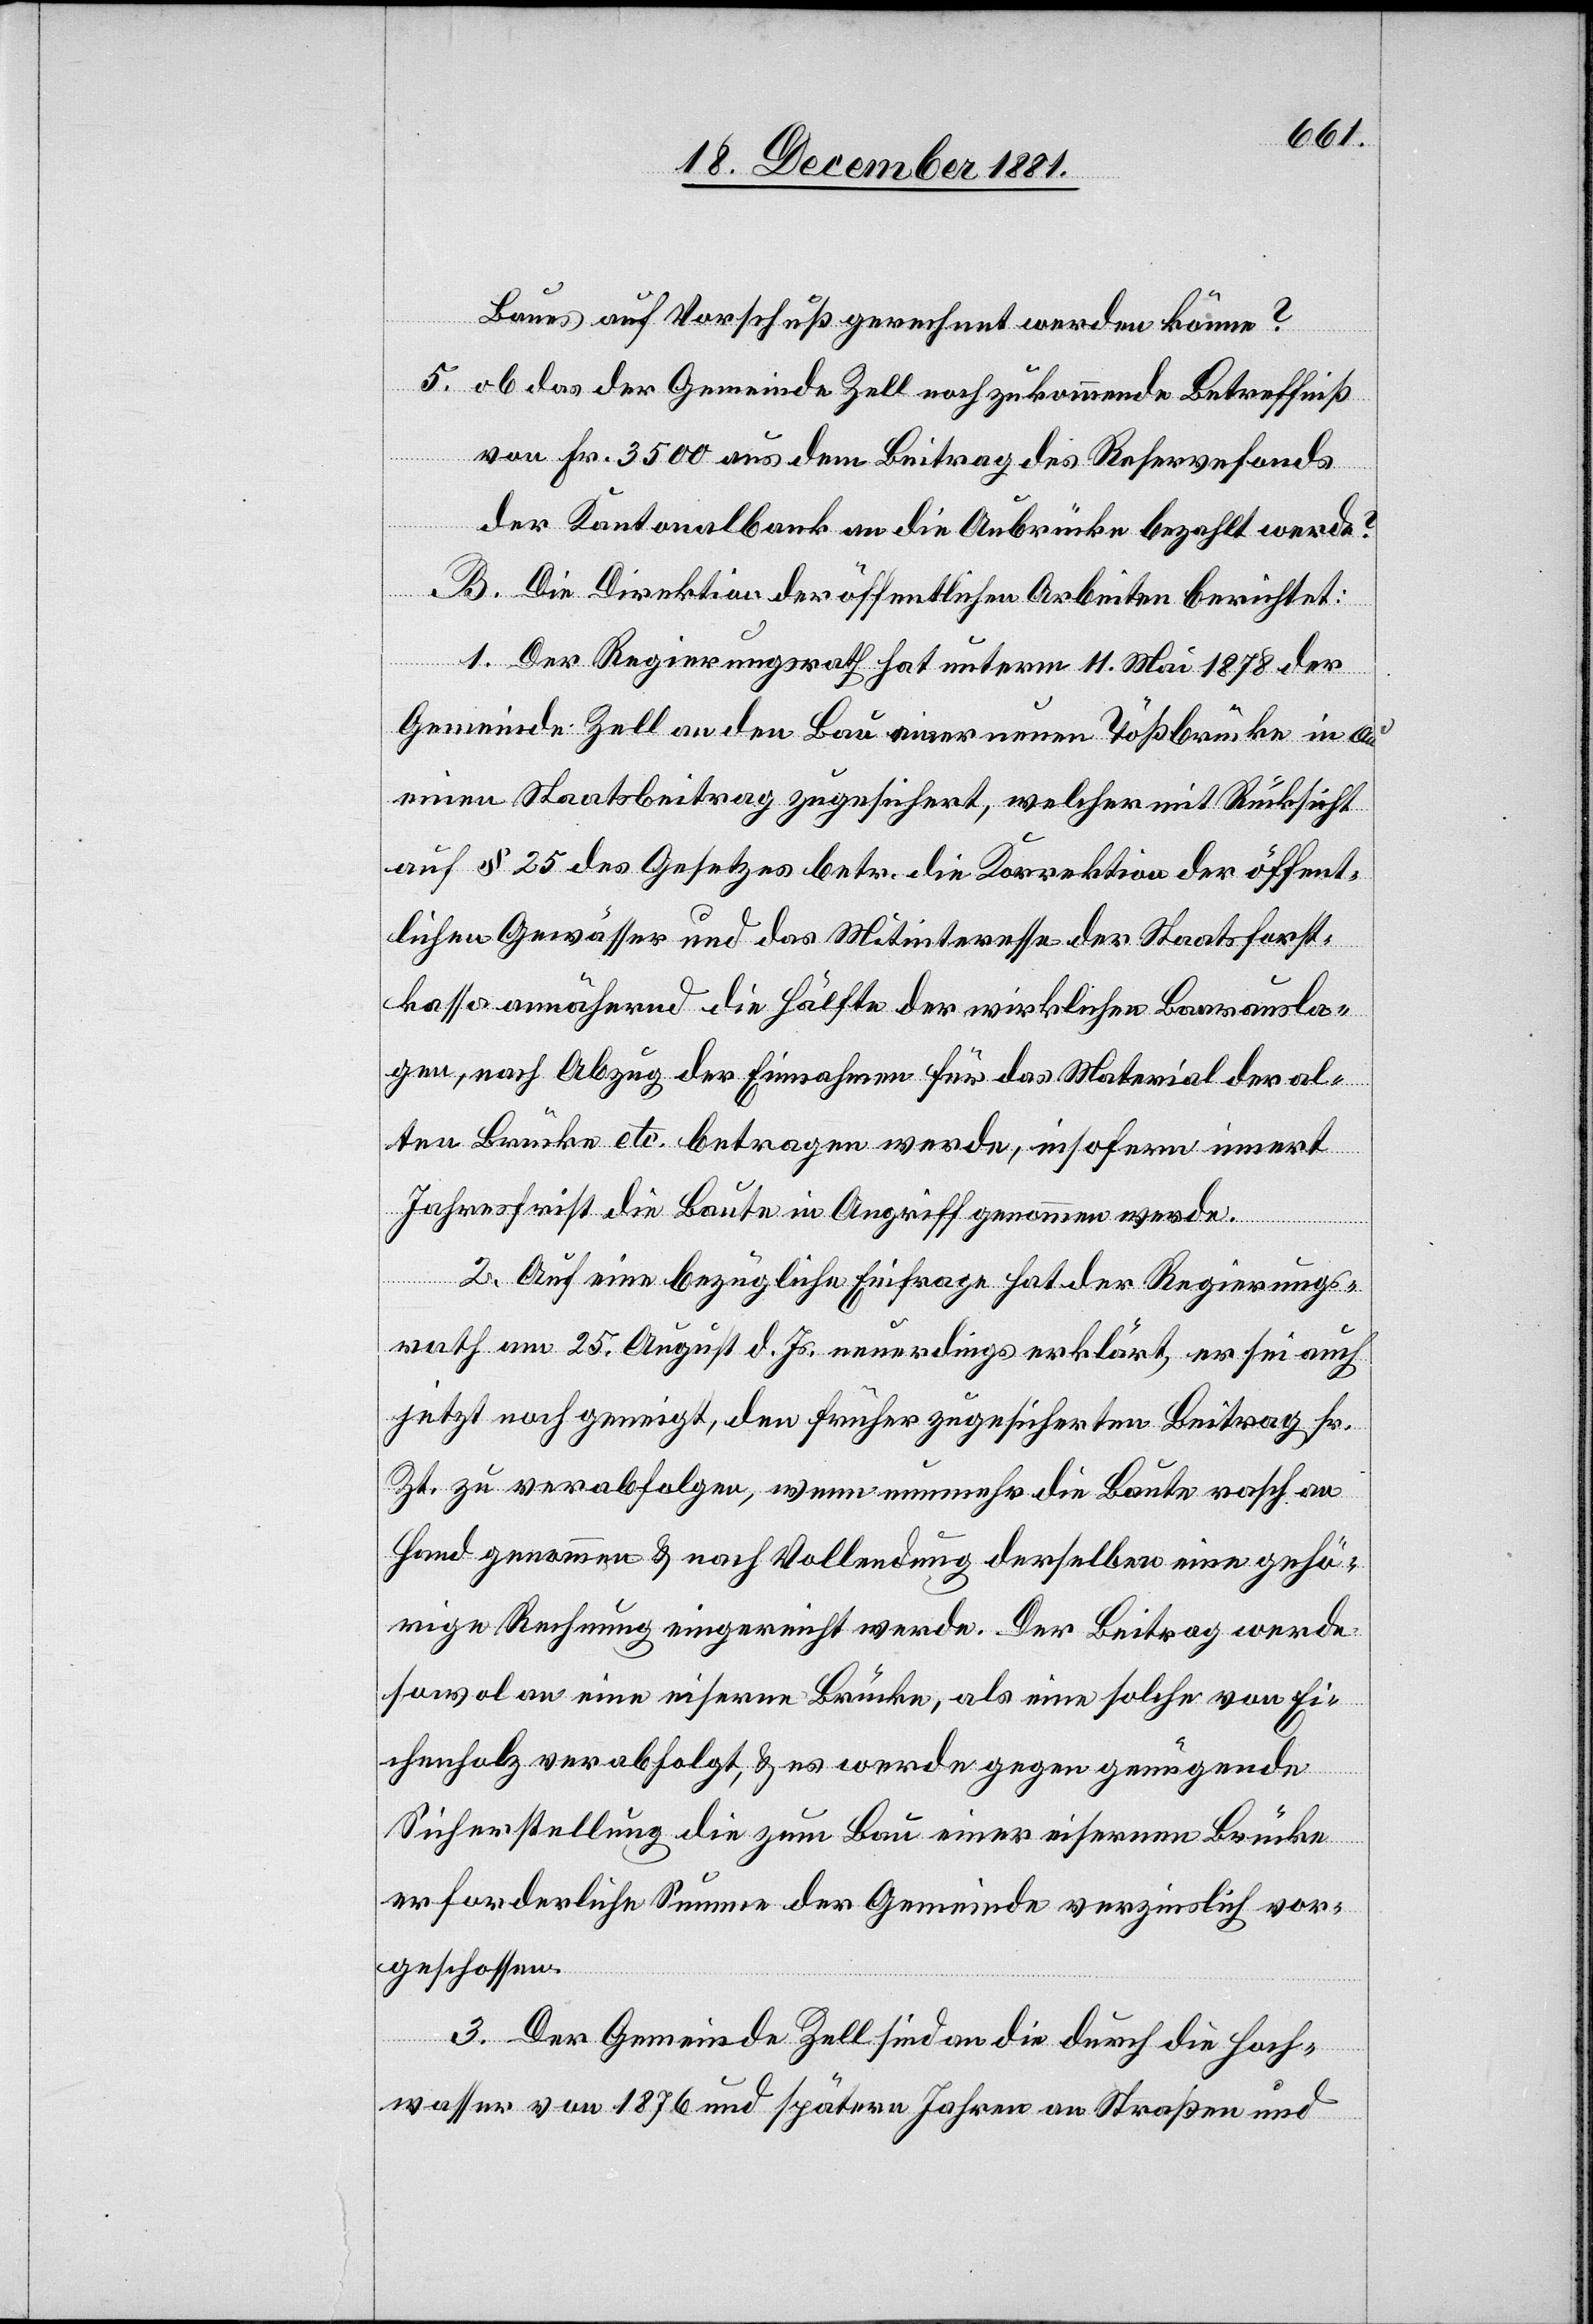
Baues auf Vorschuß gerechnet werden könne?
5. ob das der Gemeinde Zell noch zukommende Betreffniß
von Fr. 3500 aus dem Beitrag des Reservefonds
der Kantonalbank an die Aubrücke bezahlt werde?
B. Die Direktion der öffentlichen Arbeiten berichtet:
1. Der Regierungsrath hat unterm 11. Mai 1878 der
Gemeinde Zell an den Bau einer neuen Tößbrücke in Au
einen Staatsbeitrag zugesichert, welcher mit Rücksicht
auf § 25 des Gesetzes betr. die Korrektion der öffent¬
lichen Gewässer und das Mitinteresse der Staatsforst¬
kassa annähernd die Hälfte der wirklichen Baarausla¬
gen, nach Abzug der Einnahmen für das Material der al¬
ten Brücke etc. betragen werde, insofern innert
Jahresfrist die Baute in Angriff genommen werde.
2. Auf eine bezügliche Einfrage hat der Regierungs¬
rath am 25. August d. Js. neuerdings erklärt, er sei auch
jetzt noch geneigt, den früher zugesicherten Beitrag sr.
Zt. zu verabfolgen, wenn nunmehr die Baute rasch an
Hand genommen & nach Vollendung derselben eine gehö¬
rige Rechnung eingereicht werde. Der Beitrag werde
sowol an eine eiserne Brücke, als eine solche von Ei¬
chenholz verabfolgt, & es werde gegen genügende
Sicherstellung die zum Bau einer eisernen Brücke
erforderliche Summe der Gemeinde verzinslich vor¬
geschossen.
3. Der Gemeinde Zell sind an die durch die Hoch¬
wasser von 1876 und spätern Jahren an Straßen und